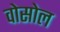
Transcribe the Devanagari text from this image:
वोसोल